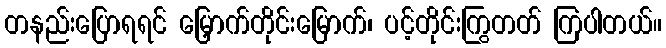
တနည်းပြောရရင် မြှောက်တိုင်းမြောက်၊ ပင့်တိုင်းကြွတတ် ကြပါတယ်။